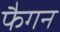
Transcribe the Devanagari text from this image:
फैगन